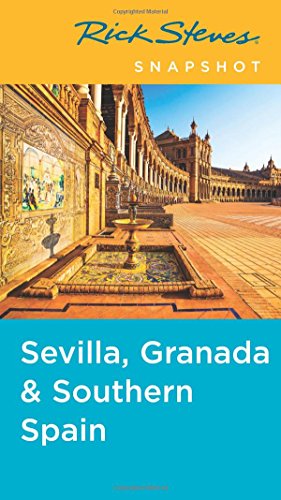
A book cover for Rick Steves Snapshot Sevilla, Granada & Southern Spain; Rick Steves; Travel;